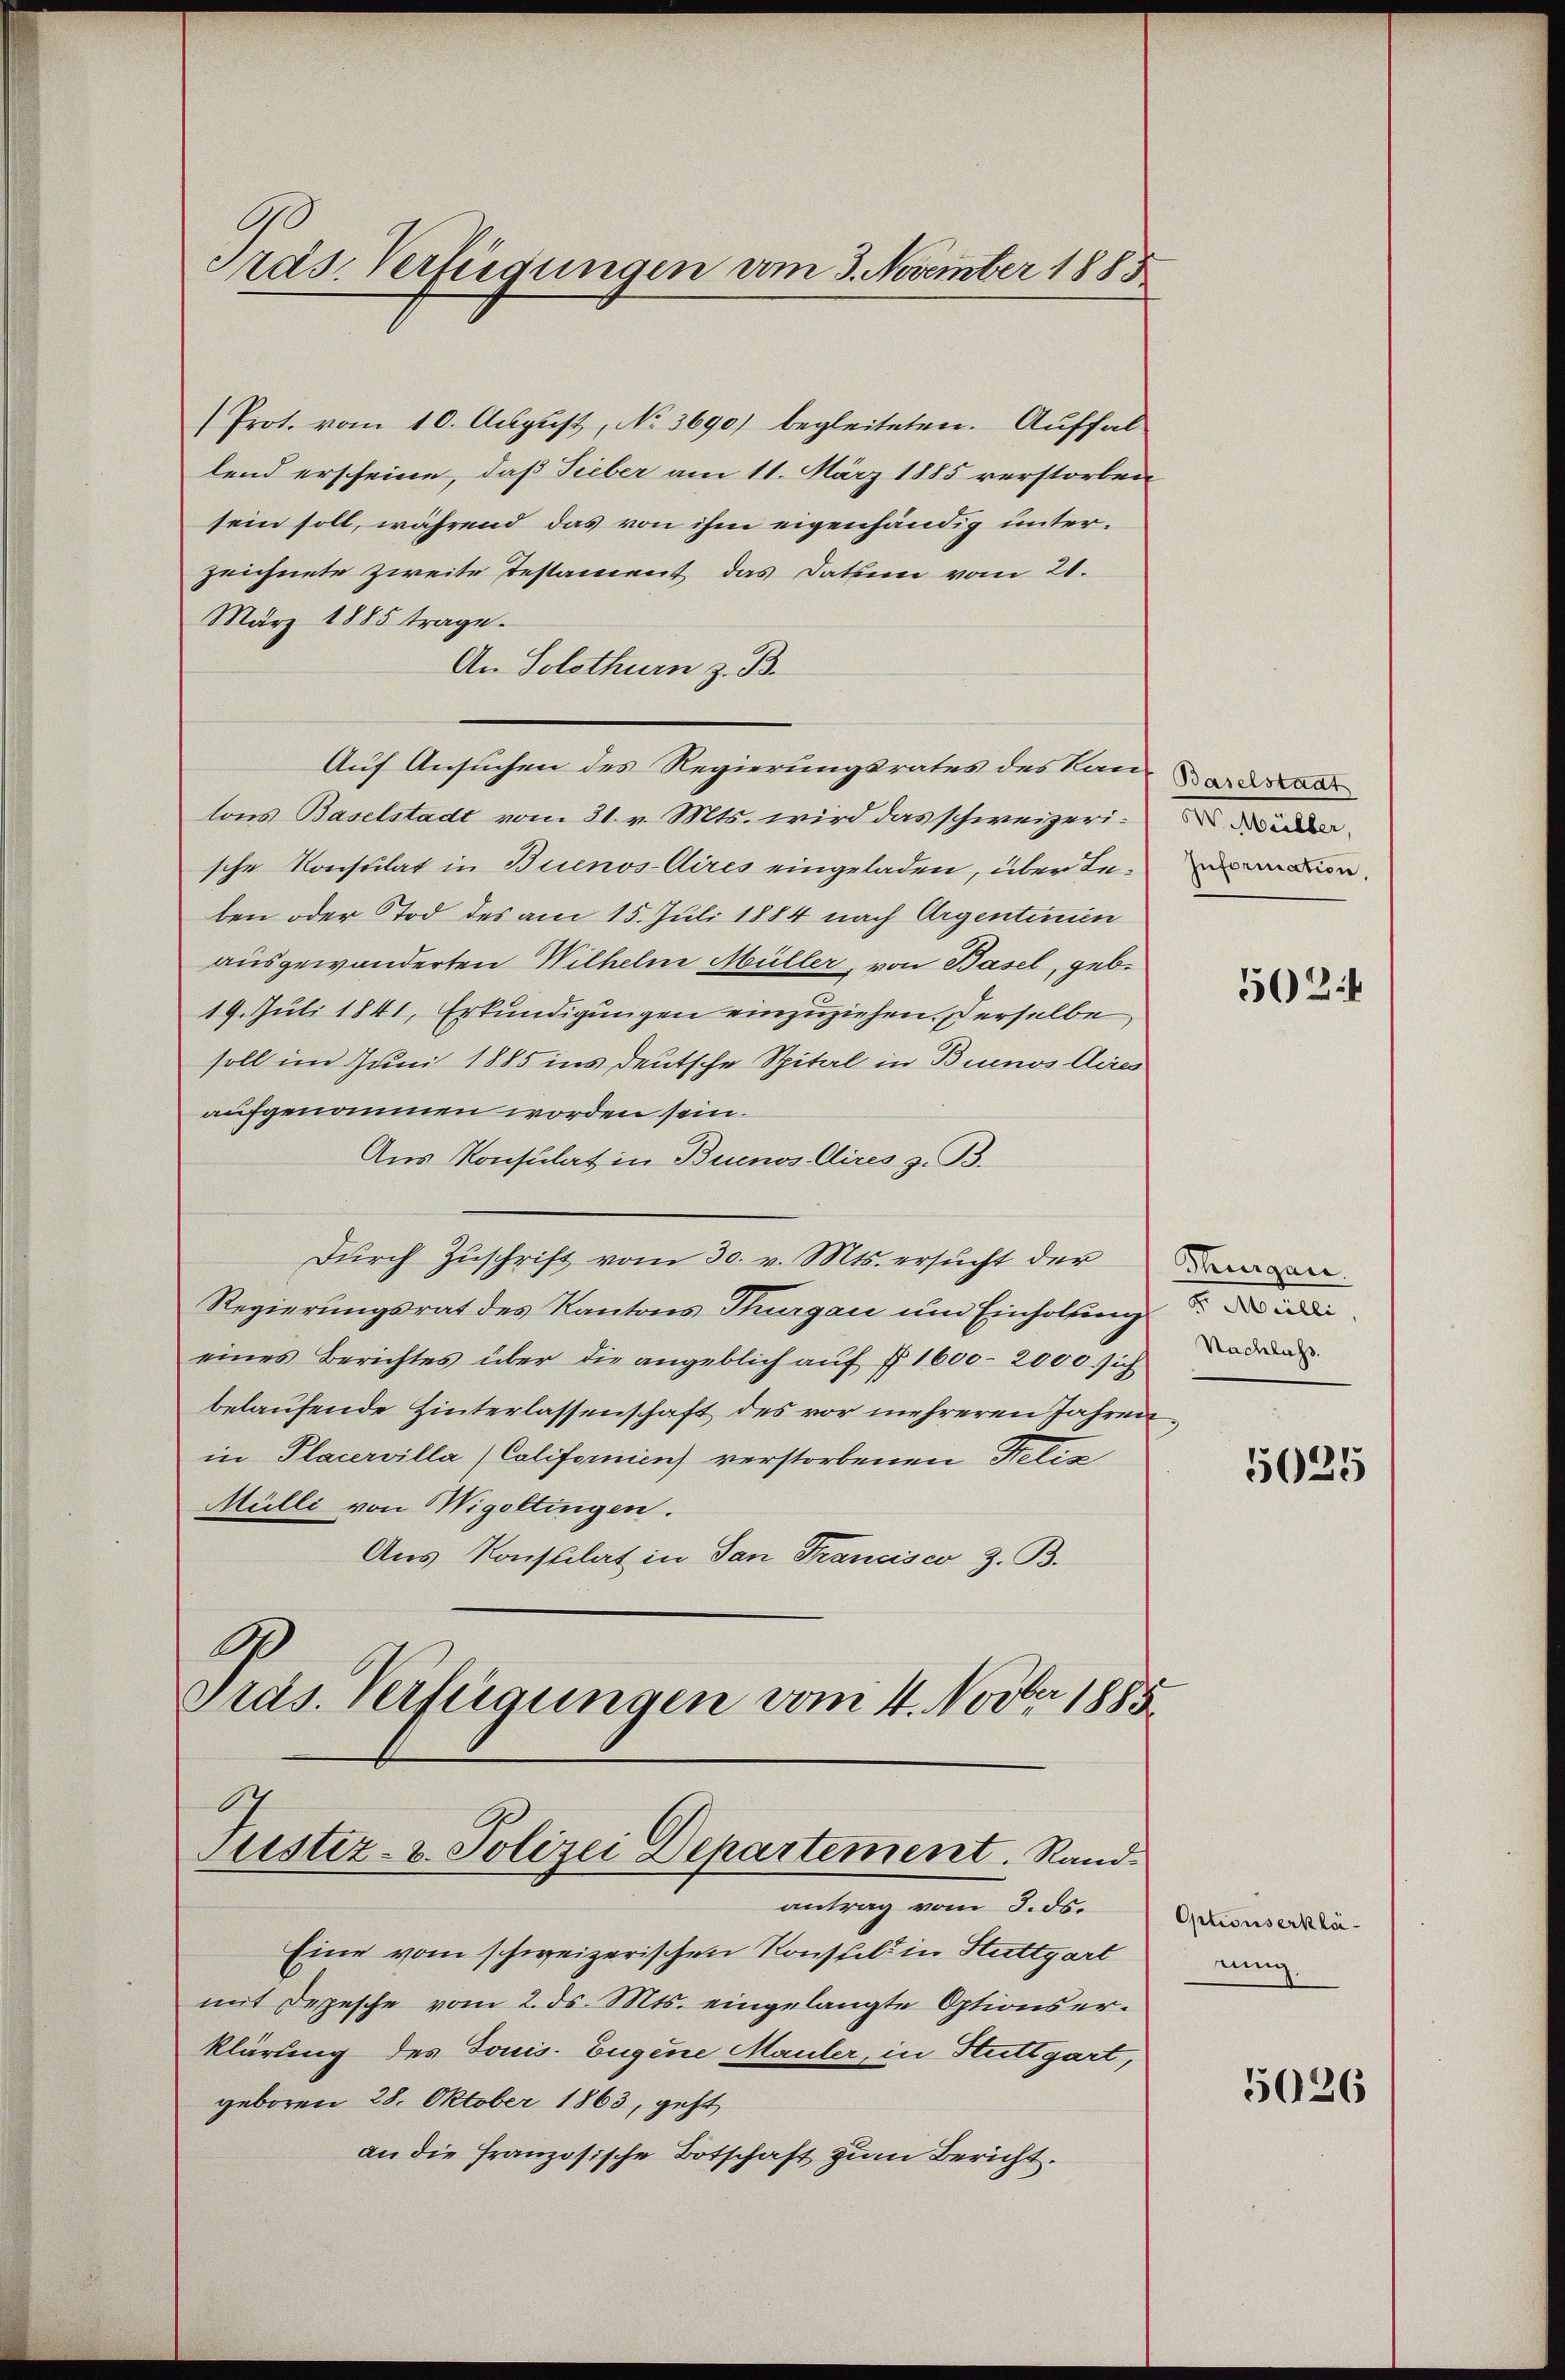
C
ras. Verfügungen am 3. November 1885

Prot. vom 10. August, No. 3690) begleiteten. Auffallend erscheine, daß Sieber am 11. März 1885 verstorben
sein soll, während das von ihm eigenhändig unterzeichnete zweite Testament das Datum vom 21.
März 1885 trage.
An Solothurn z. B.
Auf Ansuchen des Regierungsrates des kann a
tons Baselstadt vom 31. v. Mts. wird das schweizerische Konsulat in Buenos-Aires eingeladen, über den
ben oder Tod des am 15. Juli 1884 nach Argentinien
ausgewanderten Wilhelm Müller, von Basel, geb.
19. Juli 1841, Erkundigungen einzuziehen. Derselbe
soll im Juni 1885 ins deutsche Spital in Buenos Aires
aufgenommen worden sein.
Aus Konsulat in Buenos. Cires z. B.
Durch Zuschrift vom 30. v. Mts. ersucht der
Regierungsrat des Kantons Thurgau um Einholzung
eines Berichtes über die angeblich auf § 1600-2000. sich
belaufende Hinterlassenschaft des vor mehreren Jahren
in Placervilla (Colifornien) verstorbenen Netiz
Mülli von Wigoltingen.
Aus Konstilat in San Francisco z. B.
.
Gras. Verfügungen vom 4. Novber 1885
.
Justiz- & Polizei Departement. Rand.
antrag vom 3. ds.
Eine vom schweizerischen Konstelt in Stuttgart
mit Depesche vom 2. ds. Mts. eingelangte Optionserklärung des Tonis. Eugene Mauler, in Stuttgart,
geboren 28. Oktober 1863, geht
an die französische Botschaft zum Bericht.

eilten,

502

Thurgau.
s. Meille,
Nachlass.

5025

Optionserklärung.

5026